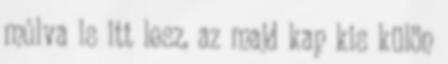
múlva is itt lesz, az majd kap kis külön